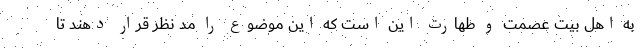
به اهل بیت عصمت و طهارت این است که این موضوع را مد نظر قرار دهند تا